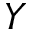
Y